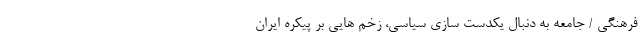
فرهنگی / جامعه به دنبال یکدست سازی سیاسی، زخم هایی بر پیکره ایران